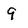
Character: 9